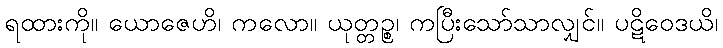
ရထားကို။ ယောဇေဟိ၊ ကလော။ ယုတ္တဉ္စ၊ ကပြီးသော်သာလျှင်။ ပဋိဝေဒယိ၊